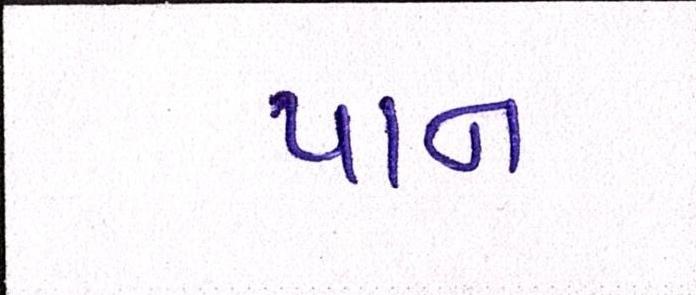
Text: પાન